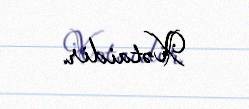
Xətaidir.